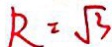
R = \sqrt { 3 }